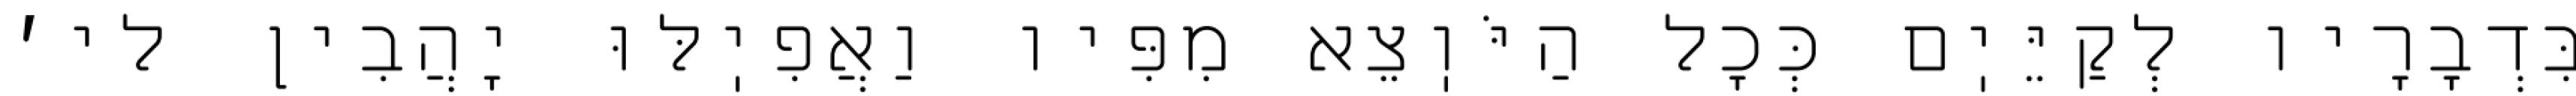
בִּדְבָרָיו לְקַיֵּיֽם כְּכׇל הַיֹּוֽצֵא מִפִּיו וַאֲפִיֽלּוּ יָהֲבִין לי׳